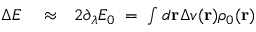
\begin{array} { r l r } { \Delta E } & { { } \approx } & { 2 \partial _ { \lambda } E _ { 0 } \; = \; \int d { \bf r } \Delta v ( { \bf r } ) \rho _ { 0 } ( { \bf r } ) } \end{array}